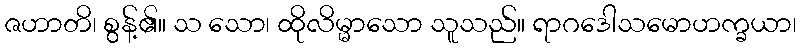
ဇဟာတိ၊ စွန့်၏။ သ သော၊ ထိုလိမ္မာသော သူသည်။ ရာဂဒေါသမောဟက္ခယာ၊